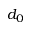
d _ { 0 }